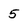
Character: 5